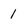
Character: l